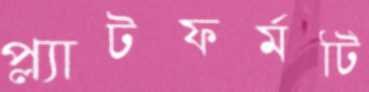
প্ল্যাটফর্মটি